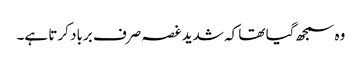
وہ سمجھ گیا تھا کہ شدید غصہ صرف برباد کرتا ہے۔